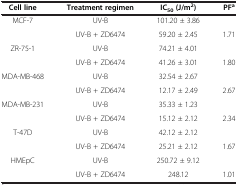
<table><thead><tr><td><b>Cell line</b></td><td><b>Treatment regimen</b></td><td><b>IC<sub>50</sub>(J/m<sup>2</sup>)</b></td><td><b>PF<sup>a</sup></b></td></tr></thead><tbody><tr><td rowspan="2">MCF-7</td><td>UV-B</td><td>101.20 ± 3.86</td><td> </td></tr><tr><td>UV-B + ZD6474</td><td>59.20 ± 2.45</td><td>1.71</td></tr><tr><td rowspan="2">ZR-75-1</td><td>UV-B</td><td>74.21 ± 4.01</td><td> </td></tr><tr><td>UV-B + ZD6474</td><td>41.26 ± 3.01</td><td>1.80</td></tr><tr><td rowspan="2">MDA-MB-468</td><td>UV-B</td><td>32.54 ± 2.67</td><td> </td></tr><tr><td>UV-B + ZD6474</td><td>12.17 ± 2.49</td><td>2.67</td></tr><tr><td rowspan="2">MDA-MB-231</td><td>UV-B</td><td>35.33 ± 1.23</td><td> </td></tr><tr><td>UV-B + ZD6474</td><td>15.12 ± 2.12</td><td>2.34</td></tr><tr><td rowspan="2">T-47D</td><td>UV-B</td><td>42.12 ± 2.12</td><td> </td></tr><tr><td>UV-B + ZD6474</td><td>25.21 ± 2.12</td><td>1.67</td></tr><tr><td>HMEpC</td><td>UV-B</td><td>250.72 ± 9.12</td><td> </td></tr><tr><td> </td><td>UV-B + ZD6474</td><td>248.12</td><td>1.01</td></tr></tbody></table>